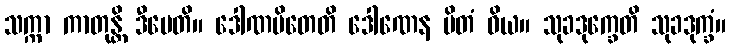
သက္ကာ ကာတုန္တိ ဒီပေတိ။ ဒေါဏမိတေတိ ဒေါဏေန မိတံ ဝိယ။ သုခဒုက္ခေတိ သုခဒုက္ခံ။